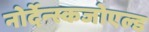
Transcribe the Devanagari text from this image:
नोर्देन्स्कजोएल्ड